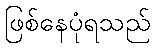
ဖြစ်နေပုံရသည်